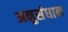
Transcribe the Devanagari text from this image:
अनुसंधान